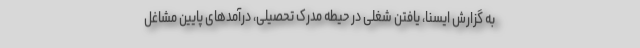
به گزارش ایسنا، یافتن شغلی در حیطه مدرک تحصیلی، درآمدهای پایین مشاغل